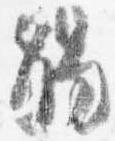
触